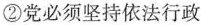
②党必须坚持依法行政